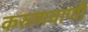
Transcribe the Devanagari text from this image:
करुणवाणी